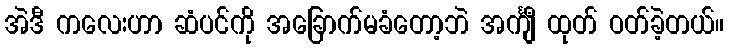
အဲဒီ ကလေးဟာ ဆံပင်ကို အခြောက်မခံတော့ဘဲ အင်္ကျီ ထုတ် ဝတ်ခဲ့တယ်။